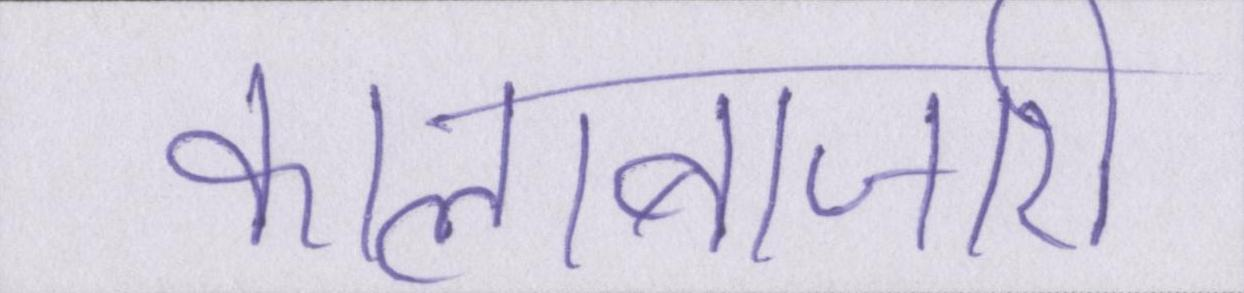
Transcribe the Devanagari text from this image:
कालाबाजारी